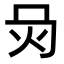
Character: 𤆙